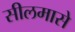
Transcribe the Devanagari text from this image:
सीलमासे